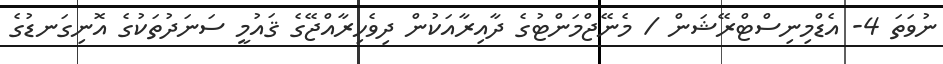
ނުވަތަ 4- އެޑްމިނިސްޓްރޭޝަން / މެނޭޖްމަންޓުގެ ދާއިރާއަކުން ދިވެހިރާއްޖޭގެ ޤައުމީ ސަނަދުތަކުގެ އޮނިގަނޑުގެ